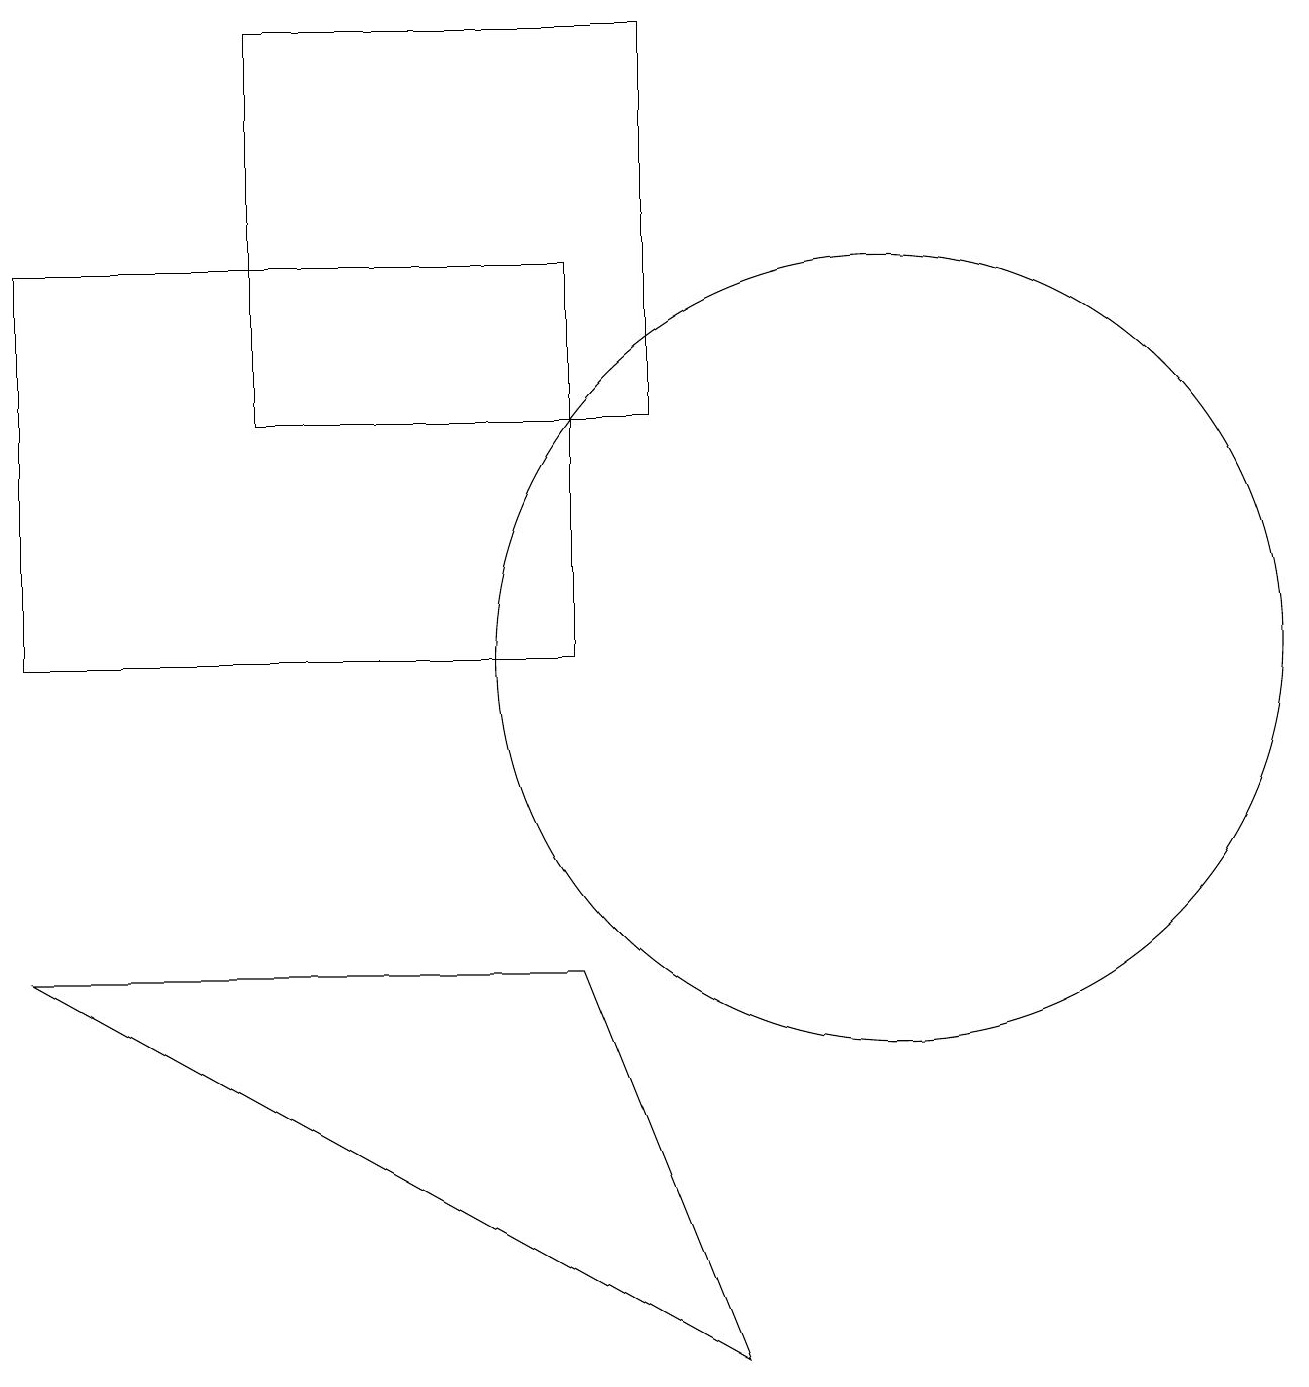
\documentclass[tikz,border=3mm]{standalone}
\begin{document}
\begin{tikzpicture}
\draw (8,14) rectangle (3,19);
\draw (11,11) circle (5);
\draw (0,11) rectangle (7,16);
\draw (7,7) -- (9,2) -- (0,7) -- cycle;
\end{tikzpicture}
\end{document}